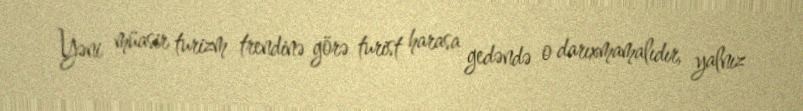
Yəni müasir turizm trendinə görə turist harasa gedəndə o darıxmamalıdır, yalnız